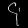
Digit: ၄